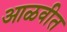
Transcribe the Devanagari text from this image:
आळवीत